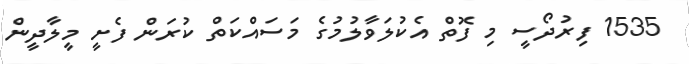
1535 ފިރުދޯސީ މި ފޮތް އެކުލަވާލުމުގެ މަސައްކަތް ކުރަން ފެށީ މީލާދީން